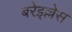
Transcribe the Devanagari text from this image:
बरेइल्लेस